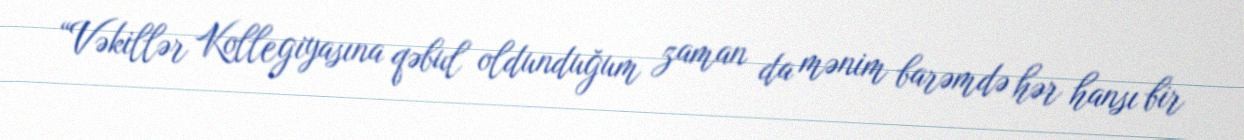
“Vəkillər Kollegiyasına qəbul oldunduğum zaman da mənim barəmdə hər hansı bir